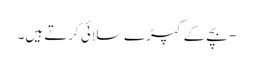
- بچے کے کپڑے سلائی کرتے ہیں۔